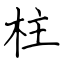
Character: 柱